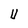
Character: U